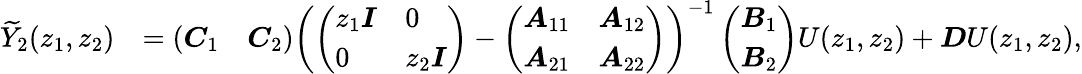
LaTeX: \begin{array}{rl}{\widetilde{Y}_{2}(z_{1},z_{2})}&{=\left(\begin{array}{ll}{\boldsymbol{C}_{1}}&{\boldsymbol{C}_{2}}\end{array}\right)\left(\left(\begin{array}{ll}{z_{1}\boldsymbol{I}}&{0}\\ {0}&{z_{2}\boldsymbol{I}}\end{array}\right)-\left(\begin{array}{ll}{\boldsymbol{A}_{11}}&{\boldsymbol{A}_{12}}\\ {\boldsymbol{A}_{21}}&{\boldsymbol{A}_{22}}\end{array}\right)\right)^{-1}\left(\begin{array}{l}{\boldsymbol{B}_{1}}\\ {\boldsymbol{B}_{2}}\end{array}\right)U(z_{1},z_{2})+\boldsymbol{D}U(z_{1},z_{2}),}\end{array}